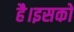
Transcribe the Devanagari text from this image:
है।इसको